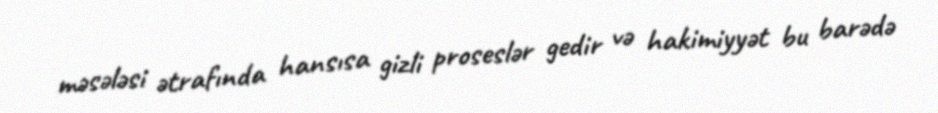
məsələsi ətrafında hansısa gizli proseslər gedir və hakimiyyət bu barədə